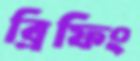
ব্রিফিং